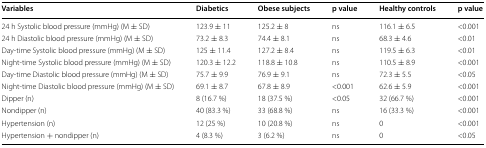
| Variables | Diabetics | Obese subjects | p value | Healthy controls | p value |
 | --- | --- | --- | --- | --- | --- |
 | 24 h Systolic blood pressure (mmHg) (M ± SD) | 123.9 ± 11 | 125.2 ± 8 | ns | 116.1 ± 6.5 | <0.001 |
 | 24 h Diastolic blood pressure (mmHg) (M ± SD) | 73.2 ± 8.3 | 74.4 ± 8.1 | ns | 68.3 ± 4.6 | <0.01 |
 | Day-time Systolic blood pressure (mmHg) (M ± SD) | 125 ± 11.4 | 127.2 ± 8.4 | ns | 119.5 ± 6.3 | <0.01 |
 | Night-time Systolic blood pressure (mmHg) (M ± SD) | 120.3 ± 12.2 | 118.8 ± 10.8 | ns | 110.5 ± 8.9 | <0.001 |
 | Day-time Diastolic blood pressure (mmHg) (M ± SD) | 75.7 ± 9.9 | 76.9 ± 9.1 | ns | 72.3 ± 5.5 | <0.05 |
 | Night-time Diastolic blood pressure (mmHg) (M ± SD) | 69.1 ± 8.7 | 67.8 ± 8.9 | <0.001 | 62.6 ± 5.9 | <0.001 |
 | Dipper (n) | 8 (16.7 %) | 18 (37.5 %) | <0.05 | 32 (66.7 %) | <0.001 |
 | Nondipper (n) | 40 (83.3 %) | 33 (68.8 %) | ns | 16 (33.3 %) | <0.001 |
 | Hypertension (n) | 12 (25 %) | 10 (20.8 %) | ns | 0 | <0.001 |
 | Hypertension + nondipper (n) | 4 (8.3 %) | 3 (6.2 %) | ns | 0 | <0.05 |